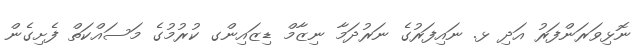
ނޮޅިވަރަންފަރު އަދި ޅ. ނައިފަރުގެ ނަރުދަމާ ނިޒާމް ޑިޒައިންގ ކުރުމުގެ މަސައްކަތް ފެށިގެން